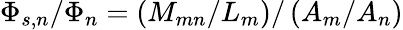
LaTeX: \Phi_{s,n}/\Phi_{n}=\left(M_{mn}/L_{m}\right)/\left(A_{m}/A_{n}\right)